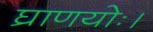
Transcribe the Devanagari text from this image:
घ्राणयोः।